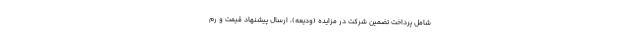
شامل پرداخت تضمین شرکت در مزایده (ودیعه)، ارسال پیشنهاد قیمت و رم